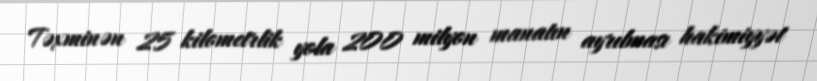
Təxminən 25 kilometrlik yola 200 milyon manatın ayrılması hakimiyyət